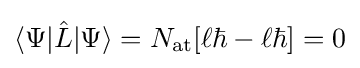
\langle \Psi |{\hat {L}}|\Psi \rangle =N_{\text{at}}[\ell \hbar -\ell \hbar ]=0